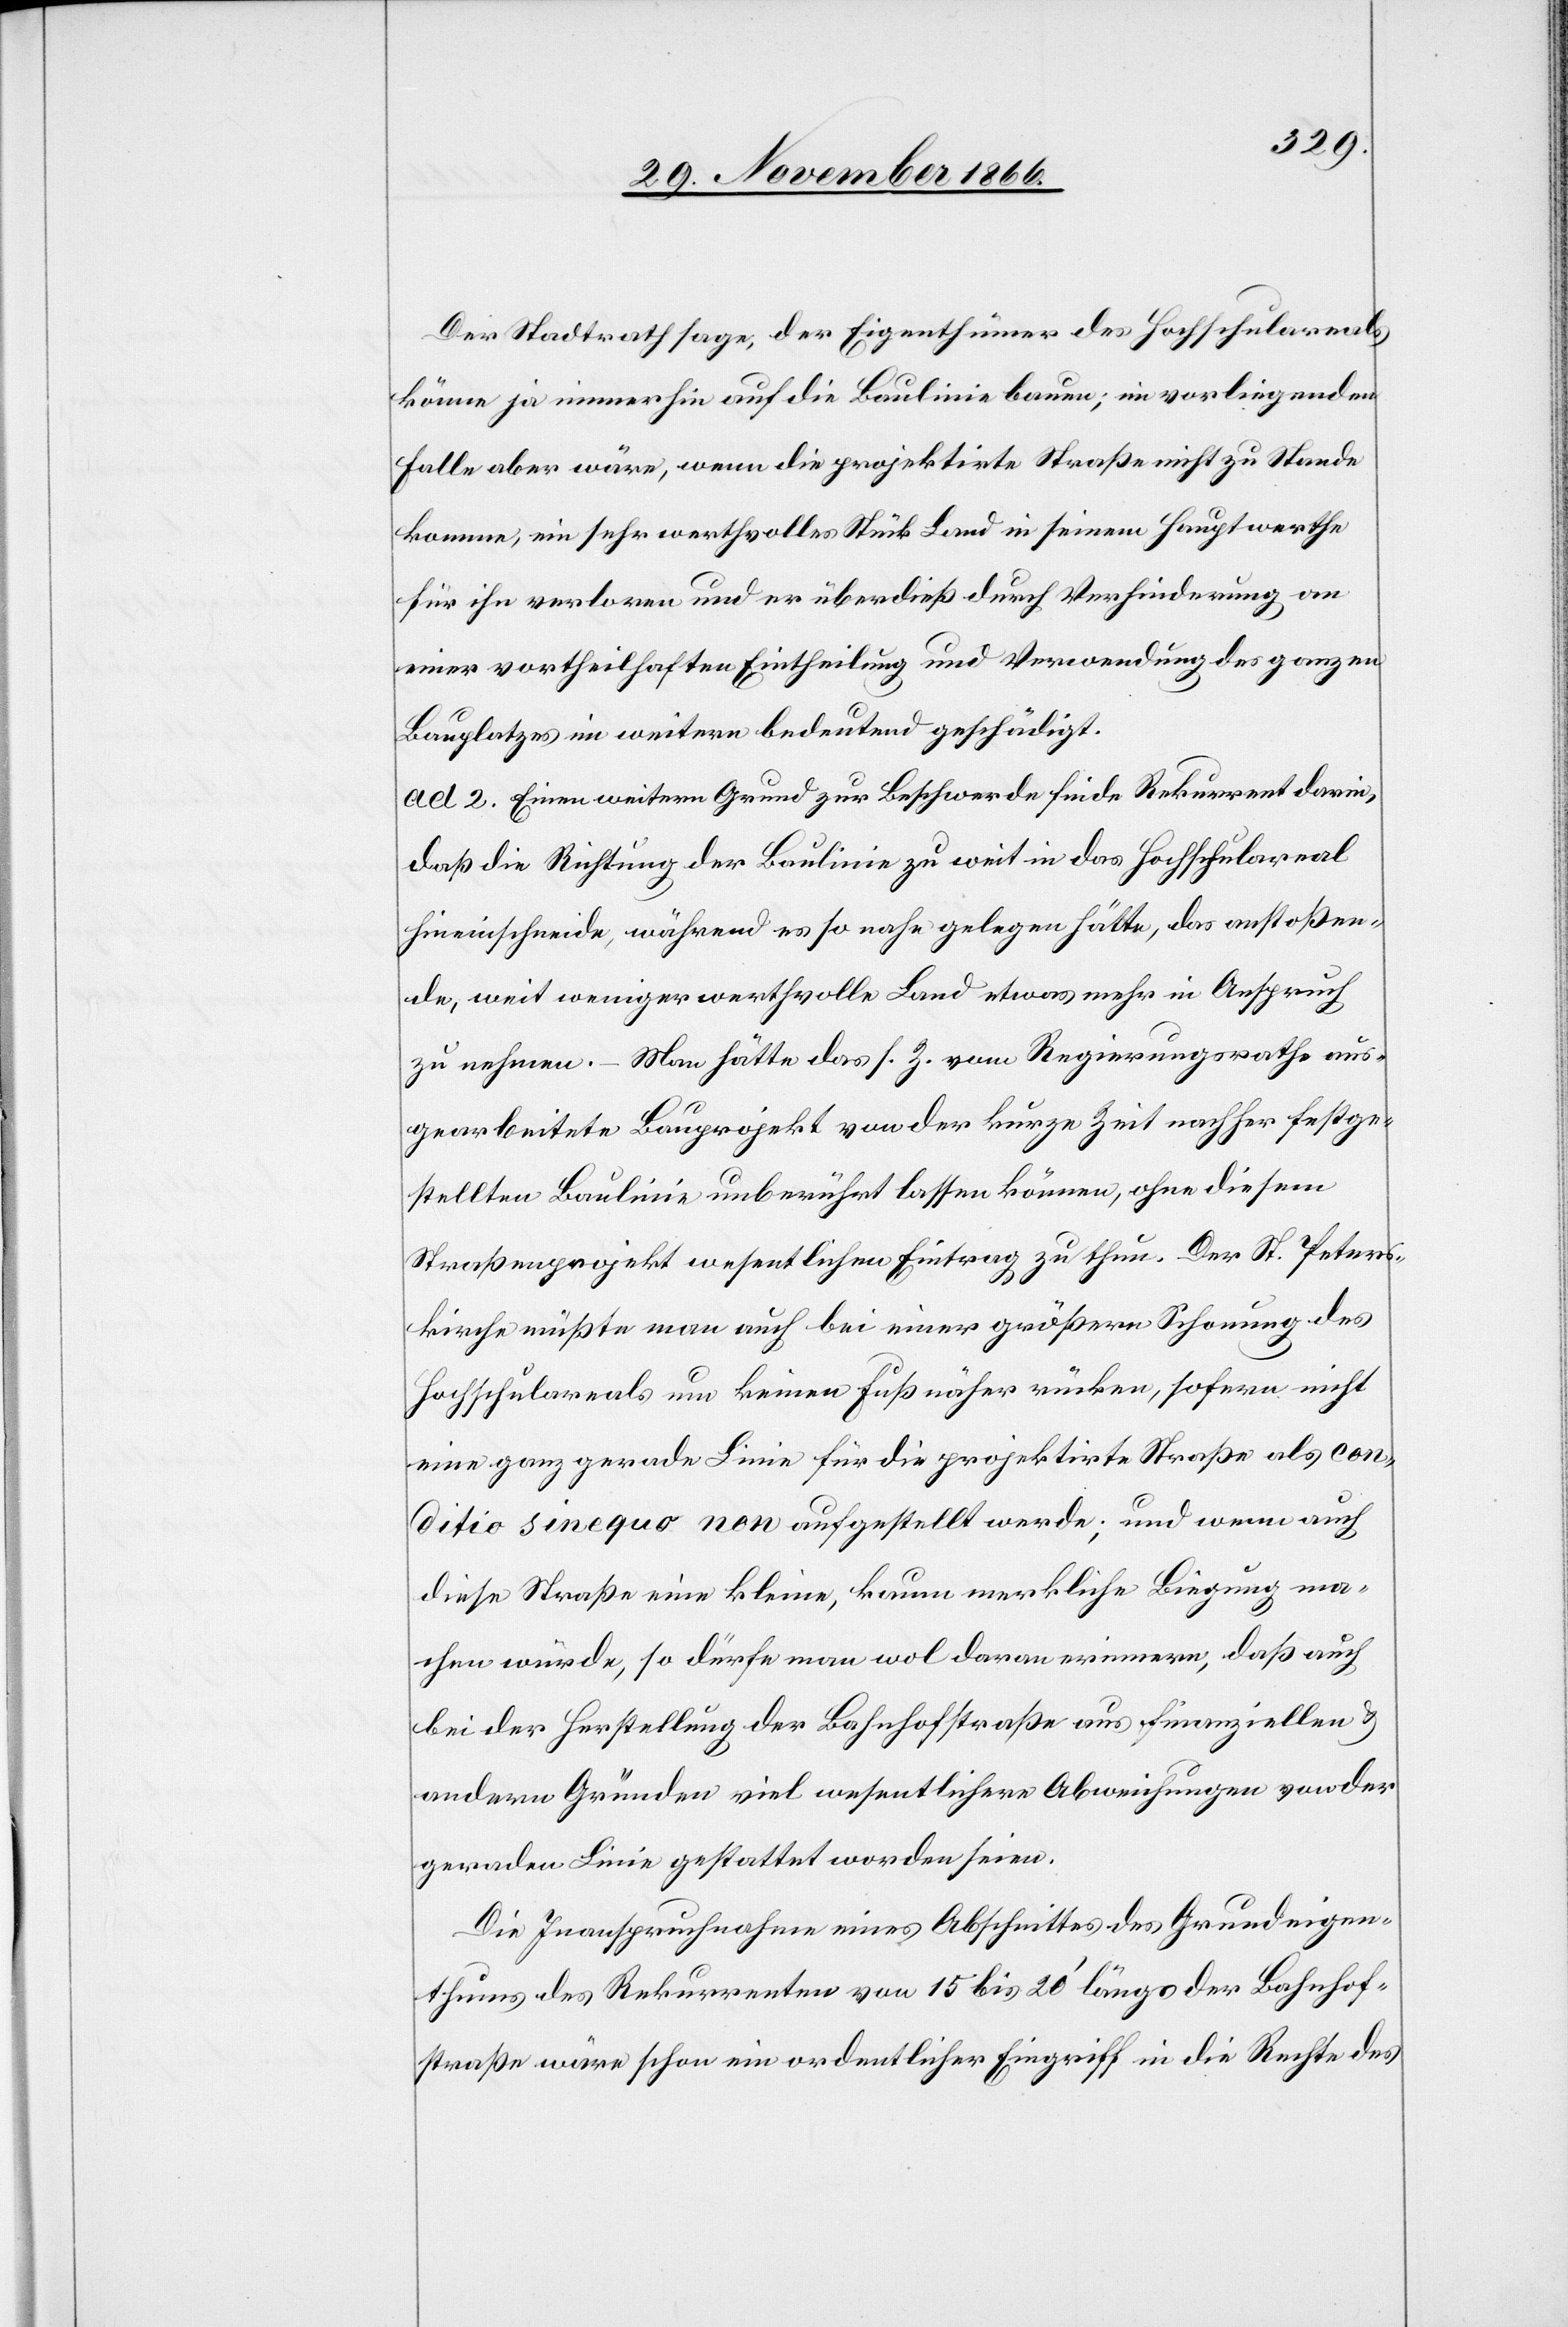
Der Stadtrath sage, der Eigenthümer des Hochschulareals
könne ja immerhin auf die Baulinie bauen; im vorliegenden
Falle aber wäre, wenn die projektirte Straße nicht zu Stande
komme, ein sehr werthvolles Stück Land in seinem Hauptwerthe
für ihn verloren und er überdieß durch Verhinderung an
einer vortheilhaften Eintheilung und Verwendung des ganzen
Bauplatzes im weitern bedeutend geschädigt.
ad 2. Einen weitern Grund zur Beschwerde finde Rekurrent darin,
daß die Richtung der Baulinie zu weit in das Hochschulareal
hineinschneide, während es so nahe gelegen hätte, das anstoßen¬
de, weit weniger werthvolle Land etwas mehr in Anspruch
zu nehmen. – Man hätte das s. Z. vom Regierungsrathe aus¬
gearbeitete Bauprojekt von der kurze Zeit nachher festge¬
stellten Baulinie unberührt lassen können, ohne diesem
Straßenprojekt wesentlichen Eintrag zu thun. Der St. Peters¬
kirche müßte man auch bei einer größern Schonung des
Hochschulareals um keinen Fuß näher rücken, sofern nicht
eine ganz gerade Linie für die projektirte Straße als con¬
ditio sine quo [sic!] non aufgestellt werde; und wenn auch
diese Straße eine kleine, kaum merkliche Biegung ma¬
chen würde, so dürfe man wol daran erinnern, daß auch
bei der Herstellung der Bahnhofstraße aus finanziellen &
andern Gründen viel wesentlichere Abweichungen von der
geraden Linie gestattet worden seien.
Die Inanspruchnahme eines Abschnittes des Grundeigen¬
thums des Rekurrenten von 15 bis 20‘ längs der Bahnhof¬
straße wäre schon ein ordentlicher Eingriff in die Rechte des